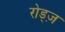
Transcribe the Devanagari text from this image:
रोड्ज़